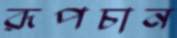
রূপচান